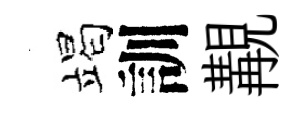
竭訓覯